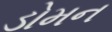
ડોમન